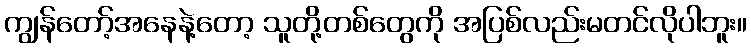
ကျွန်တော့်အနေနဲ့တော့ သူတို့တစ်တွေကို အပြစ်လည်းမတင်လိုပါဘူး။